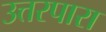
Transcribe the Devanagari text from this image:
उत्तरपारा